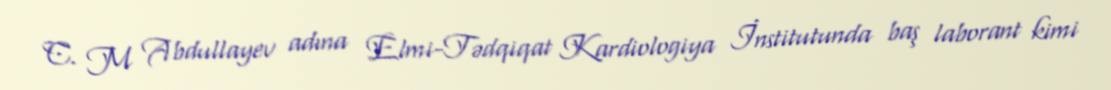
C. M Abdullayev adına Elmi-Tədqiqat Kardiologiya İnstitutunda baş laborant kimi